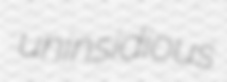
uninsidious